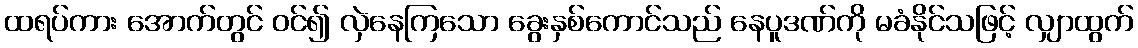
ထရပ်ကား အောက်တွင် ဝင်၍ လှဲနေကြသော ခွေးနှစ်ကောင်သည် နေပူဒဏ်ကို မခံနိုင်သဖြင့် လျှာထွက်